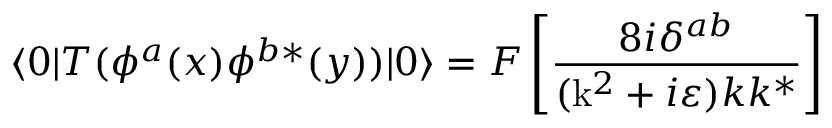
\langle 0 | T ( \phi ^ { a } ( x ) \phi ^ { b * } ( y ) ) | 0 \rangle = { \cal F } \left[ \frac { 8 i \delta ^ { a b } } { ( \mathrm { k } ^ { 2 } + i \varepsilon ) k k ^ { * } } \right]